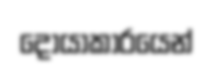
දොයාකාරයෙන්